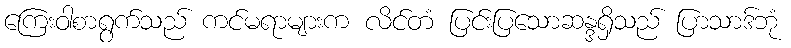
ကြေးဝါစာရွက်သည် ကင်မရာများက လိင်တံ ပြင်းပြသောဆန္ဒရှိသည် ပြာသာဒ်ဘုံ